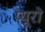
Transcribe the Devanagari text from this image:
प्यूरो